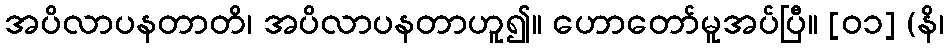
အပိလာပနတာတိ၊ အပိလာပနတာဟူ၍။ ဟောတော်မူအပ်ပြီ။ [၀၁] (နိ၊